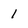
Character: 1